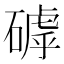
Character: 𥕕